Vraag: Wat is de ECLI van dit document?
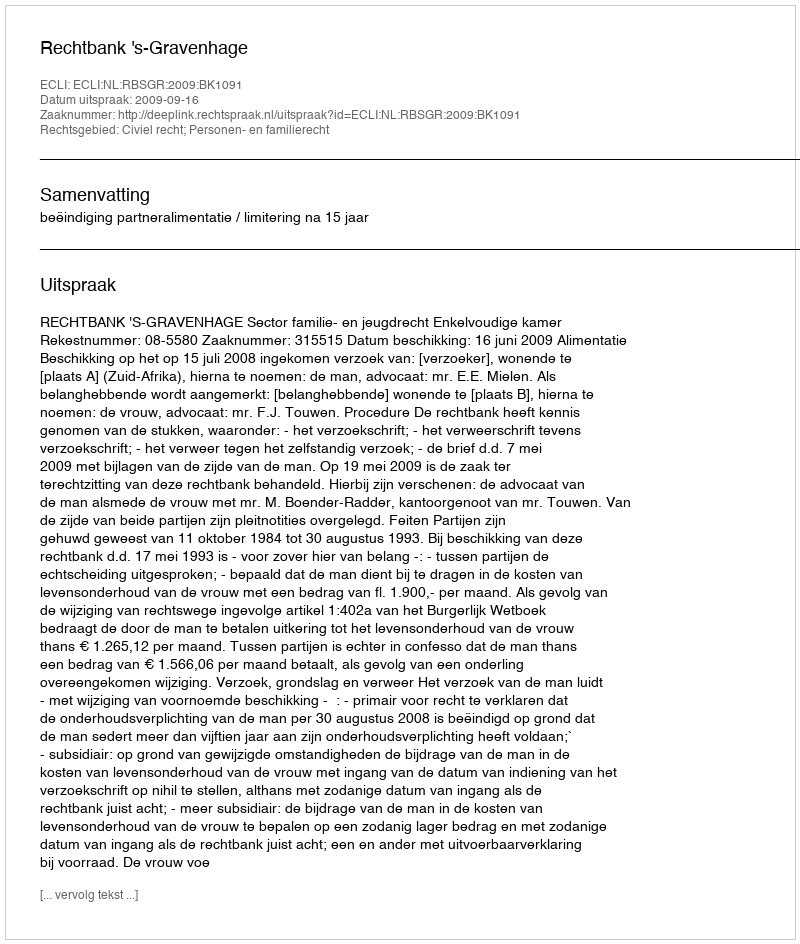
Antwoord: ECLI:NL:RBSGR:2009:BK1091